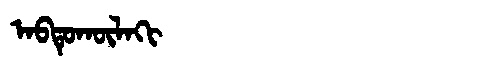
Manchu: ᠠᠪᡨᡠᡴᡡᠯᠠᡴᡳ
Romanization: ABTUKŪLAKI